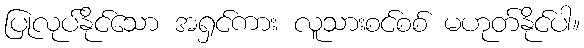
ပြုလုပ်နိုင်သော အရှင်ကား လူသားစင်စစ် မဟုတ်နိုင်ပါ။